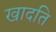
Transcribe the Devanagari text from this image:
खादति